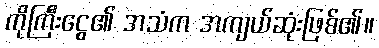
ကိုကြီးငွေ၏ အသံက အကျယ်ဆုံးဖြစ်၏။